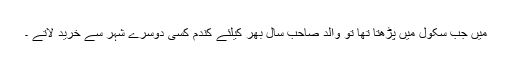
میں جب سکول میں پڑھتا تھا تو والد صاحب سال بھر کیلئے کندم کسی دوسرے شہر سے خرید لاتے ۔